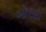
બોરદા